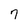
Character: 7